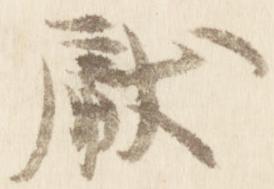
献